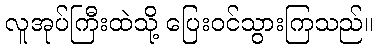
လူအုပ်ကြီးထဲသို့ ပြေးဝင်သွားကြသည်။